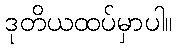
ဒုတိယထပ်မှာပါ။